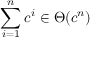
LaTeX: \sum _ { i = 1 } ^ { n } c ^ { i } \in \Theta ( c ^ { n } )